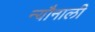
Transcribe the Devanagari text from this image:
न्यौनाली